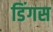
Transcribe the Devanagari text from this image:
डिंगस